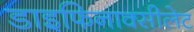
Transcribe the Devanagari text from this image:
डाइफिनाक्सीलेट